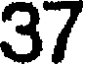
37